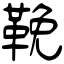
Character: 鞔